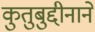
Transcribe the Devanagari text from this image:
कुतुबुद्दीनाने